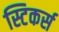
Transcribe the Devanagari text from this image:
स्टिकर्स